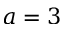
a = 3